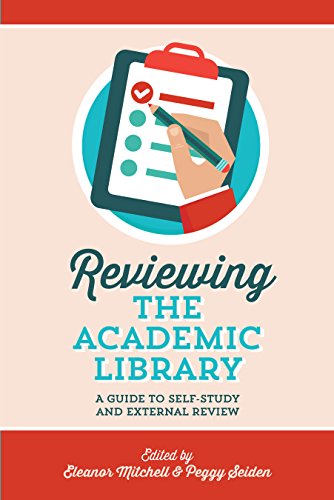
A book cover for Reviewing the Academic Library: A Guide to Self-Study and External Review; Eleanor Mitchell; Politics & Social Sciences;